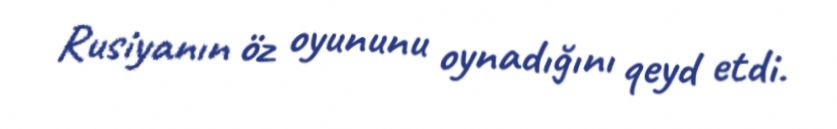
Rusiyanın öz oyununu oynadığını qeyd etdi.